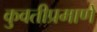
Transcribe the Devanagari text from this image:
कुवतीप्रमाणे